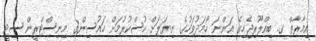
އިމާރާތް ގ. ބިއްލޫރިޖެހިގެ އަންނަ ހޯމަދުވަހުގެ ނިޔަލަށް ހުސްކުރުމަށް ހައުސިންގ މިނިސްޓްރީން ސިޓީ